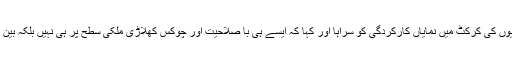
سربراہ ایم کیو ایم پاکستان نے اسلامیہ کالج کرکٹ ٹیم پشاور کے کپتان اور کھلاڑیوں کی کرکٹ میں نمایاں کارکردگی کو سراہا اور کہا کہ ایسے ہی با صلاحیت اور چوکس کھلاڑی ملکی سطح پر ہی نہیں بلکہ بین الاقوامی سطح پر بھی پاکستان اور پاکستانی قوم کا سر فخر سے بلند کرسکتے ہیں۔